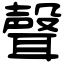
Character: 聲